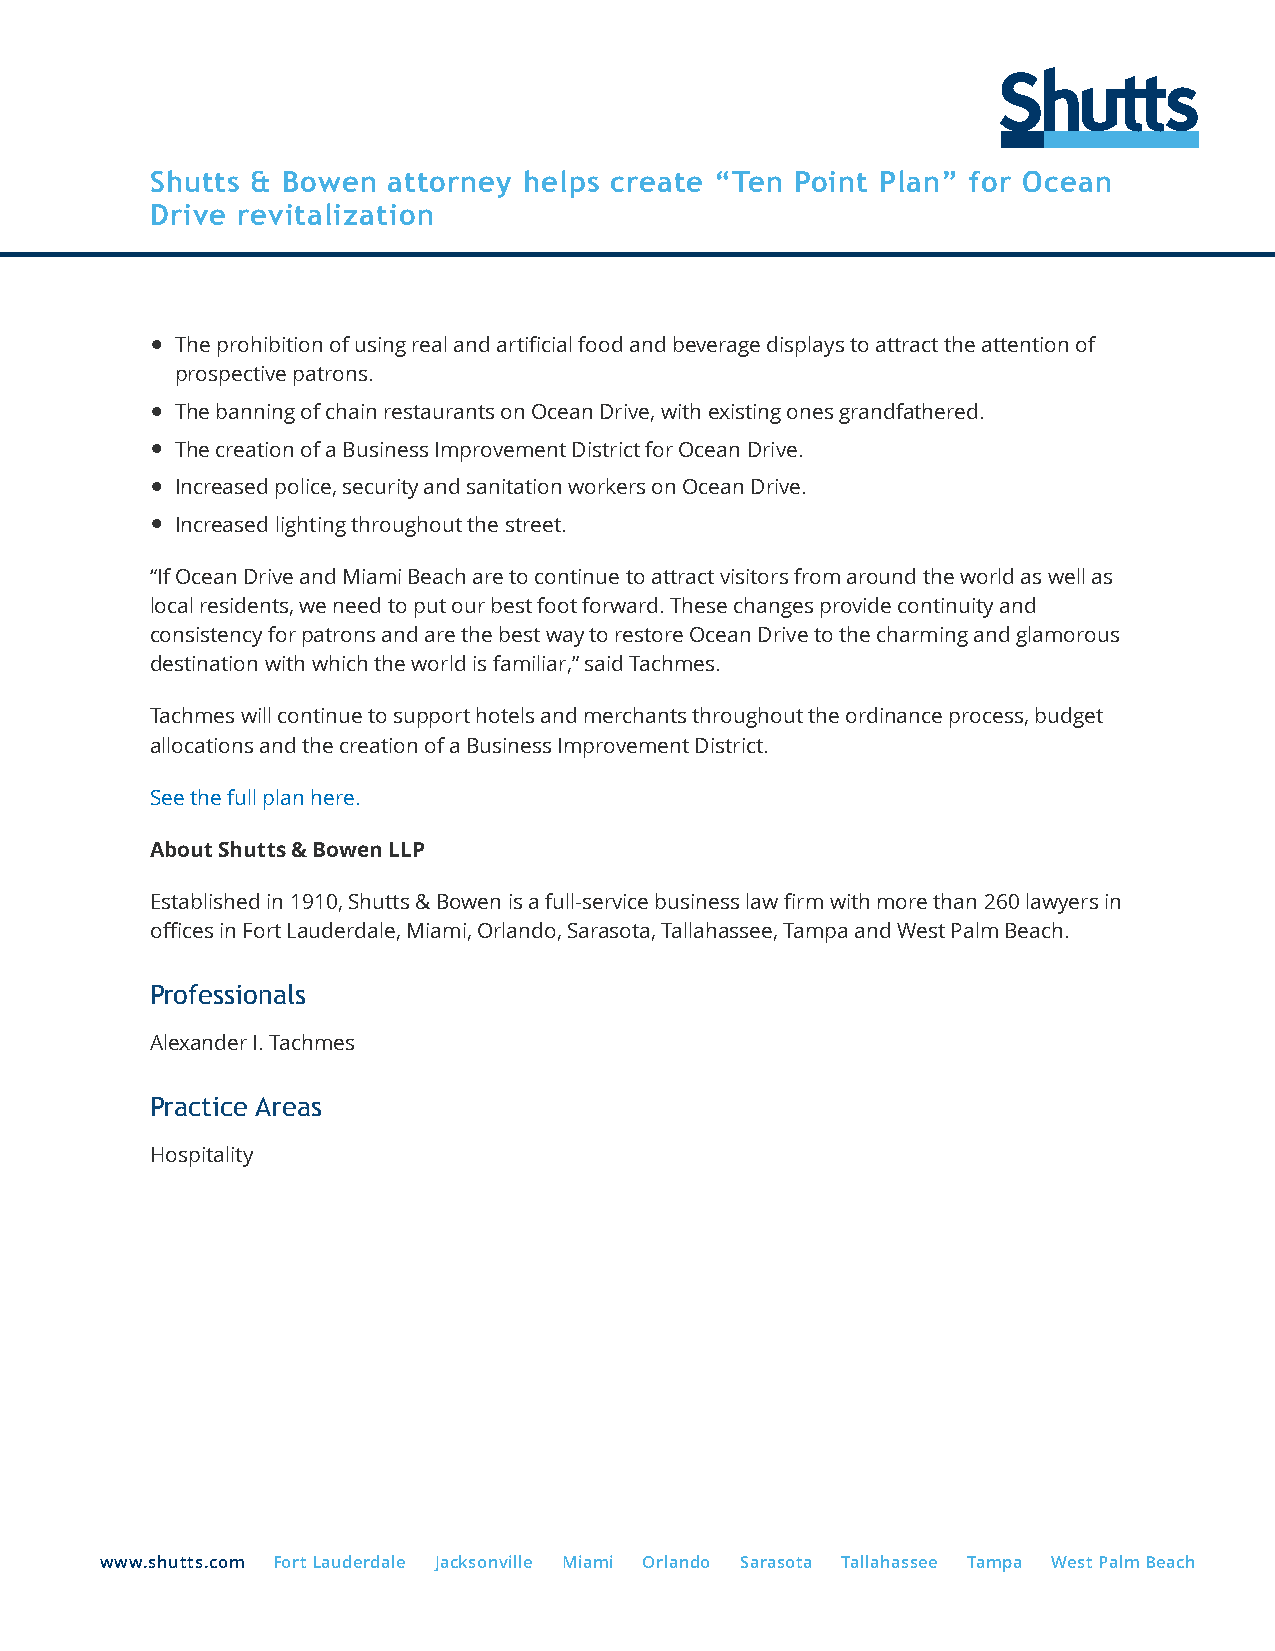
Shutts & Bowen  attorney helps create “Ten Point Plan” for Ocean
 Drive revitalization
 ● The prohibition of using real and artificial food and beverage displays to attract the attention of
 prospective patrons.
 ● The banning of chain restaurants on Ocean Drive, with existing ones grandfathered.
 ● The creation of a Business Improvement District for Ocean Drive.
 ● Increased police, security and sanitation workers on Ocean Drive.
 ● Increased lighting throughout the street.
 “If Ocean Drive and Miami Beach are to continue to attract visitors from around the world as well as
 local residents, we need to put our best foot forward. These changes provide continuity and
 consistency for patrons and are the best way to restore Ocean Drive to the charming and glamorous
 destination with which the world is familiar,” said Tachmes.
 Tachmes will continue to support hotels and merchants throughout the ordinance process, budget
 allocations and the creation of a Business Improvement District.
 See the full plan here.
 About Shutts & Bowen LLP
 Established in 1910, Shutts & Bowen is a full-service business law firm with more than 260 lawyers in
 offices in Fort Lauderdale, Miami, Orlando, Sarasota, Tallahassee, Tampa and West Palm Beach.
 Professionals
 Alexander I. Tachmes
 Practice Areas
 Hospitality
 www.shutts.com Fort Lauderdale Jacksonville Miami Orlando Sarasota Tallahassee Tampa West Palm Beach